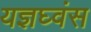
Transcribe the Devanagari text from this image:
यज्ञघ्वंस